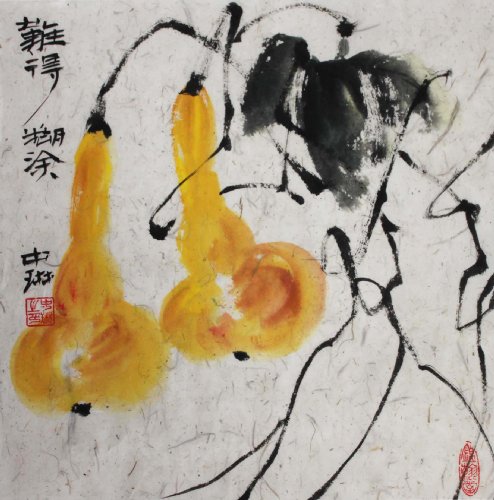
易挑锦妇机中字。难得玉人心下事。